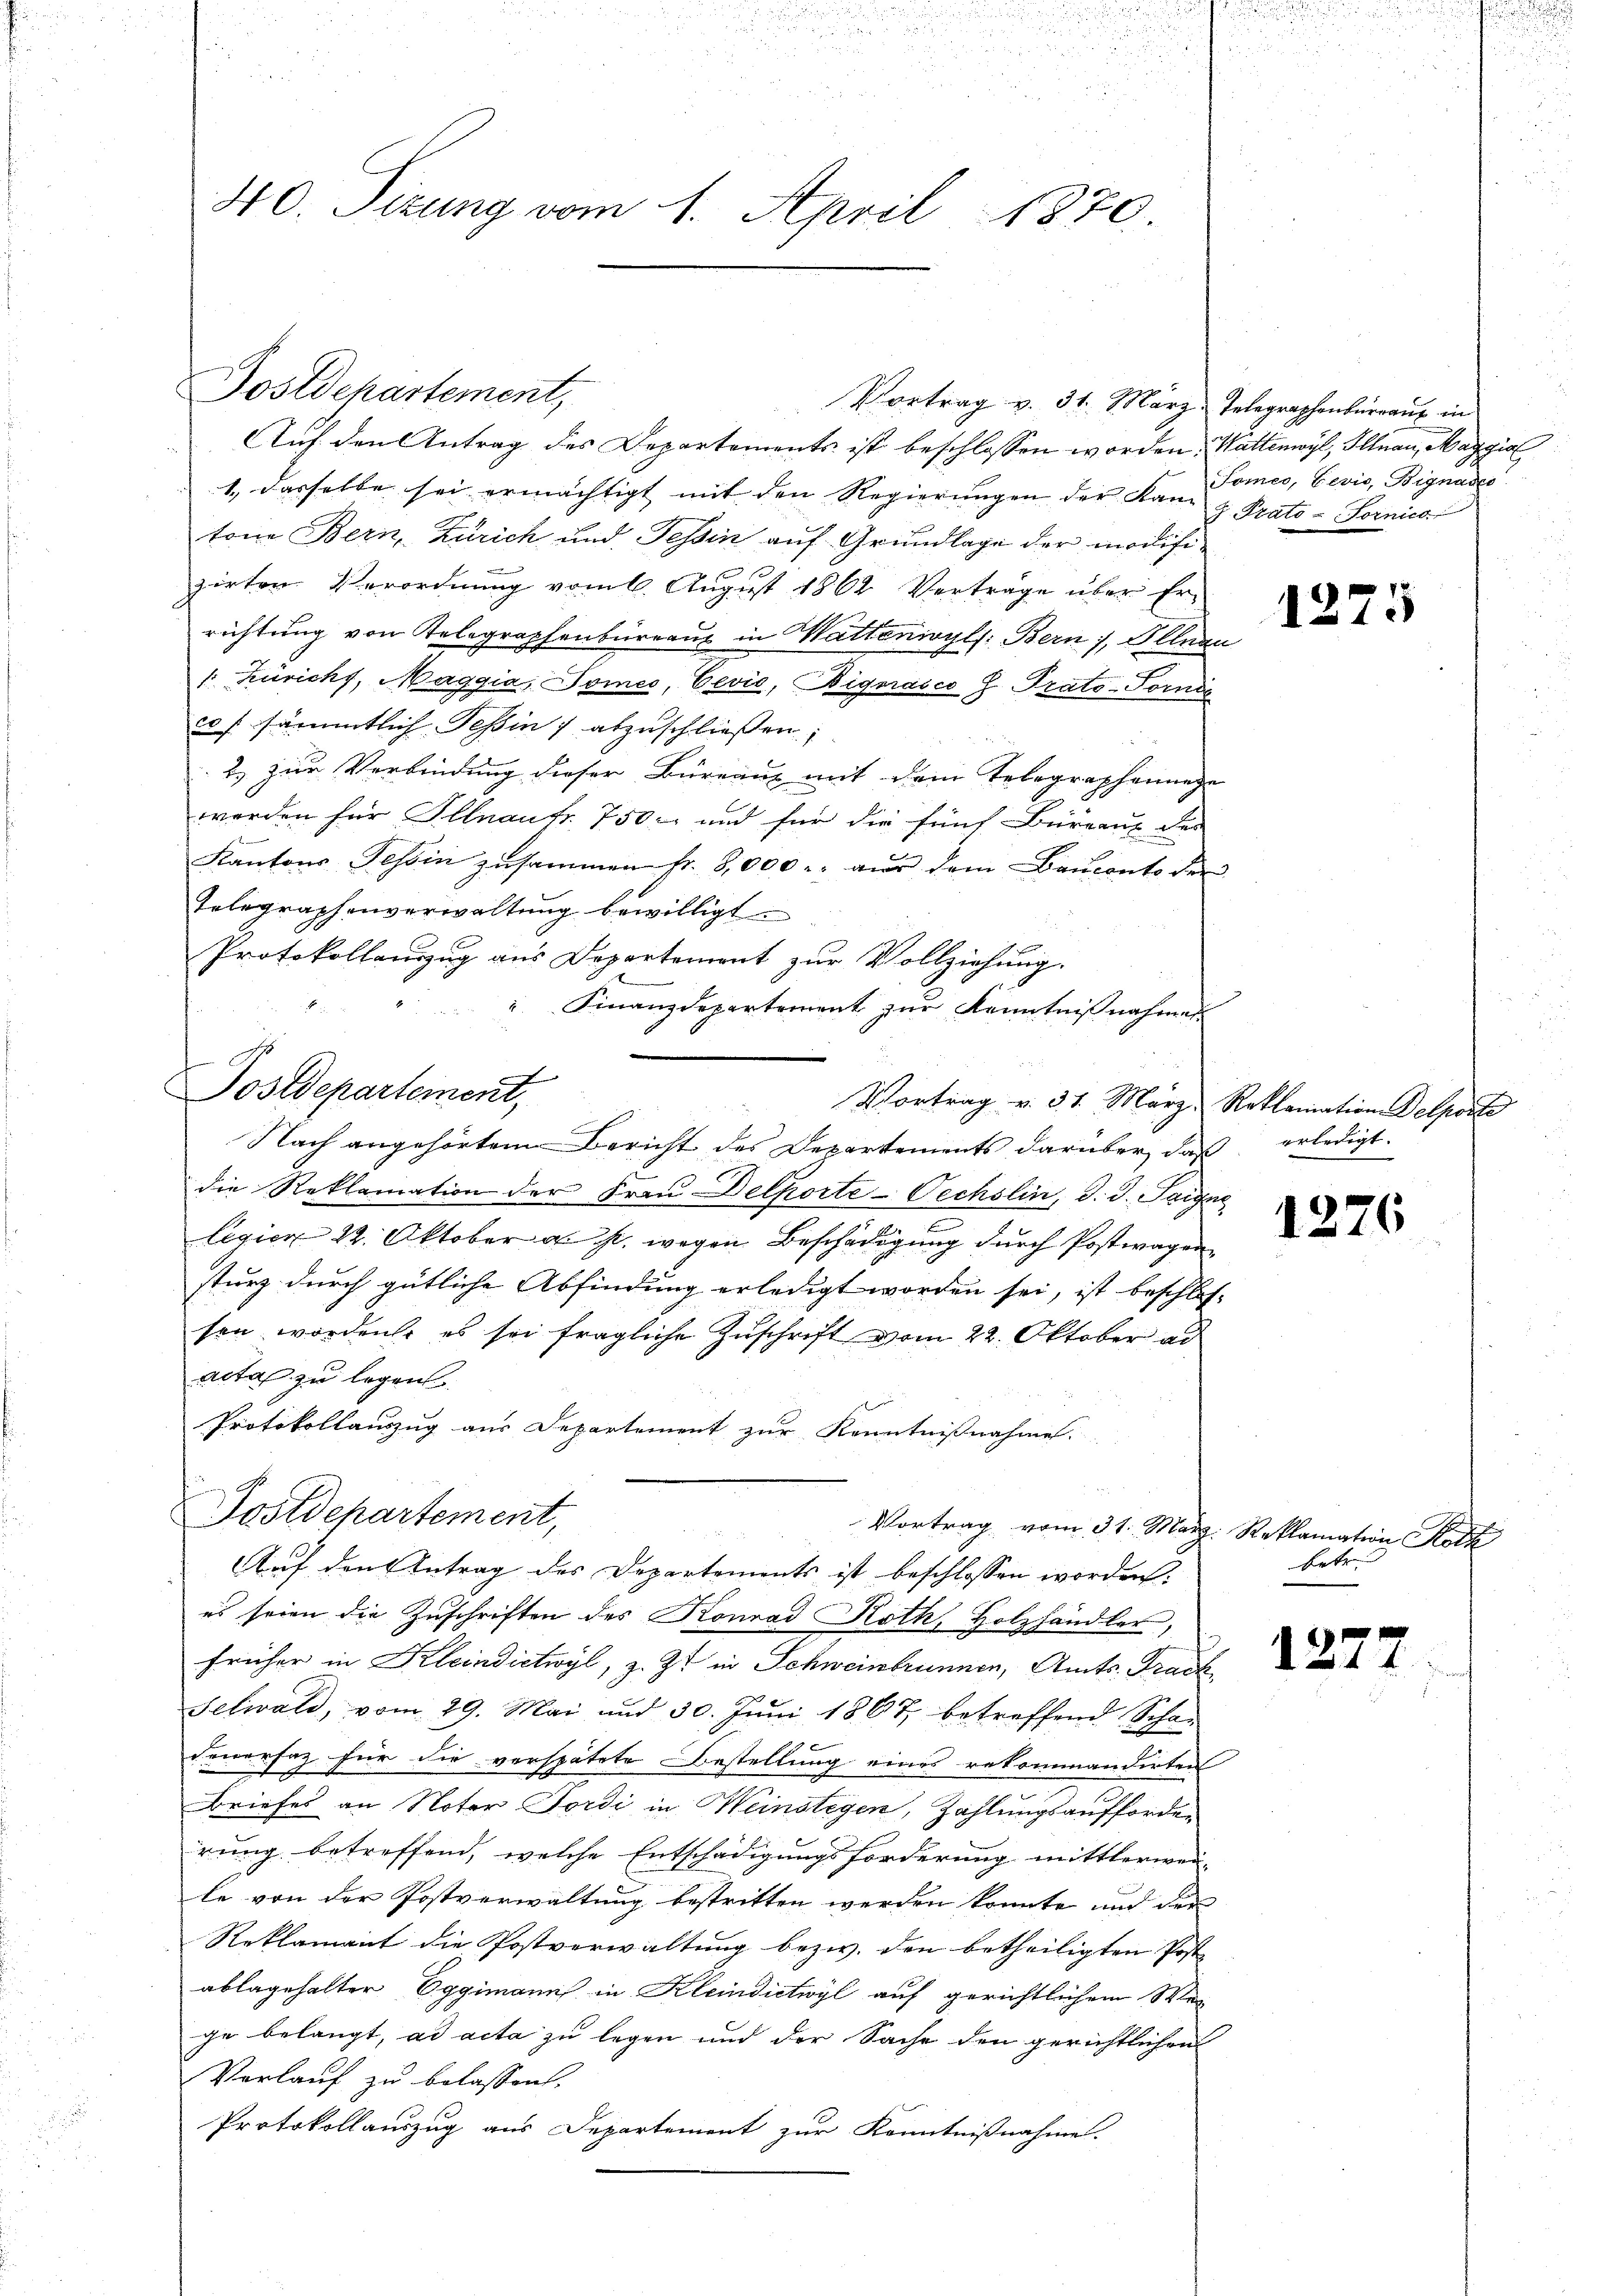
d
40. Sizung vom 1. April 1870.

Postdepartement,

Auf den Antrag des Departements ist beschlossen worden. Wattenwyl, Illnau, Maggia
1. dasselbe sei ermächtigt mit den Regierŭngen der Kan Pomeo, Cevio, Bignade
tone Bern, Zürich und Tessin auf Grundlage der modifizirten Verordnung vom 6. August 1864 Verträge über Errichtung von Telegraphenbüreau in Wattenwyls: Bern), Illnau
 Züricht, Maggia, Tomes, Eević, Bignasco H. Prato-Tornis
co f sämmtlich Tessin 7 abzuschließen;
 287
2. zur Verbindung dieser Büreaux mit dem Telegrapheninge
werden für Illnaufr. 750 und für die fünf Bürgenz des
Kantons Tessin zusammen fr. 8,000. aŭs dem Baŭconto der
Telegraphenverwaltung bewilligt.
Protokollauszug aus Departement zur Vollziehung.
b
Vortrag v. 31. März, Reklamation Delposte
Nach angehörtem Bericht des Departements darüber, daß erledigt.
die Reklamation der Frau Delporte-Wechslin, d. d. Teigne
legien 22. Oktober a. p. wegen Beschädigung durch Postwagen
sturz durch gütliche Abfindung erledigt worden sei, ist beschlos-
sen worden, es sei fragliche Zuschrift vom 22. Oktober ad
acta zu legen
Protokollauszug aus Departement zur Kenntnißnahme.
Postdepartement,
Vortrag vom 31. März. Reklamation Hotz
2 x
Auf den Antrag des Departements ist beschlossen worden:
es seien die Zuschriften des Konrad Roth, Holzhändler,
früher in Kleindietwyl, z. Zt. in Schweinbrunnen, Amts, Tradt,
Selwald, vom 29. Mai und 30. Juni 1867 betreffend Schau-
Feuerfaz für die verspätete Bestellung eines rekommanderten
Briefes an Noter Fordi in Meinstegen, Zahlungsaufforden
rung betreffend, welche Entschädigungsforderung mittlerwei-
le von der Postverwaltung bestritten werden könnte und der
Reklamant die Postverwaltung bezw. den betheiligten Post- |
ablagehalter Eggimanns in Kleindietwyl auf gerichtlichem Wegge belangt, ad acta zu legen und der Sache den gerichtlichen
Verlauf zu belassen.
Protokollauszug aus Departement zur Kenntnißnahme.

Finanzdepartement zŭr Kenntniβnahme
G
Postdepartement,

Vortrag v. 31. März Telegraphenbüraŭs in

J Prato-Fornied

1275

1276

betr.

1277